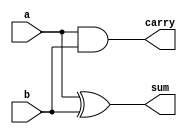
module halfadder_structural(a,b,sum,carry);

input a,b;  //inputs
output sum,carry;  //outputs

xor xor1(sum,a,b);  //sum
and and1(carry,a,b);  //carry

endmodule